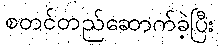
စတင်တည်ဆောက်ခဲ့ပြီး